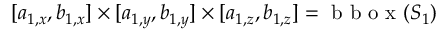
[ a _ { 1 , x } , b _ { 1 , x } ] \times [ a _ { 1 , y } , b _ { 1 , y } ] \times [ a _ { 1 , z } , b _ { 1 , z } ] = \mathrm { ~ b ~ b ~ o ~ x ~ } ( S _ { 1 } )